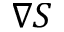
\nabla S